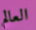
العالم